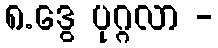
၈.ဒွေ ပုဂ္ဂလာ -